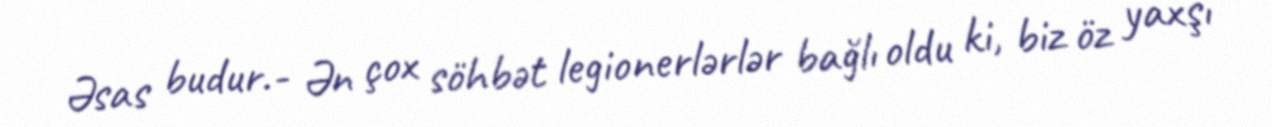
Əsas budur.- Ən çox söhbət legionerlərlər bağlı oldu ki, biz öz yaxşı